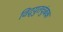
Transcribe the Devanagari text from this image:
विद्युतचुंबक